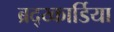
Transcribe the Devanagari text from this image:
ब्रद्य्कार्डिया